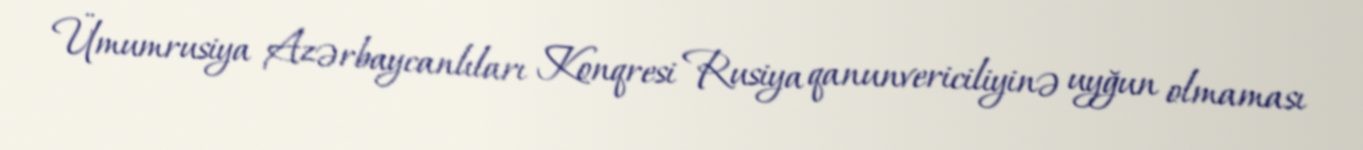
Ümumrusiya Azərbaycanlıları Konqresi Rusiya qanunvericiliyinə uyğun olmaması